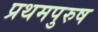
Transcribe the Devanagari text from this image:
प्रथमपुरुष